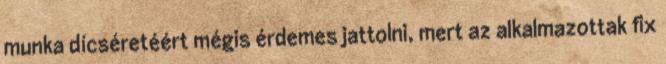
munka dícséretéért mégis érdemes jattolni, mert az alkalmazottak fix